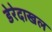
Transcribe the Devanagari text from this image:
डेरेदाखल